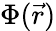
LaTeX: \Phi({\vec{r}})